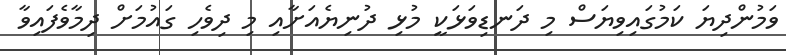
ވަމުންދިޔަ ކަމުގައިވިޔަސް މި ދަނޑިވަޅަކީ މުޅި ދުނިޔެއަށާއި މި ދިވެހި ގައުމަށް ދިމާވެފައިވާ